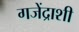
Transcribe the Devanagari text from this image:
गजेंद्राशी